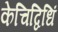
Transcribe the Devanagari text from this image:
केचिद्विधिं